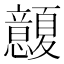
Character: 𢥭